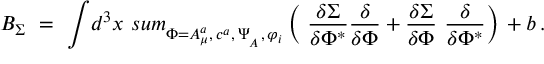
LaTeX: { \cal B } _ { \Sigma } \, \, = \, \, \displaystyle { \int } { d } ^ { 3 } x \, \displaystyle { \, s u m _ { \Phi = A _ { \mu } ^ { a } , \, c ^ { a } , \, \Psi _ { _ A } , \, \varphi _ { i } } ^ { } } \left( { \displaystyle { \ \frac { \delta \Sigma } { \delta \Phi ^ { * } } } } { \displaystyle { \frac { \delta } { \delta \Phi } } } + { \displaystyle { \frac { \delta \Sigma } { \delta \Phi } } } { \displaystyle { \ \frac { \delta } { \delta \Phi ^ { * } } } } \right) \, + b \, .